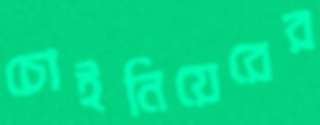
চোইনিয়েরের